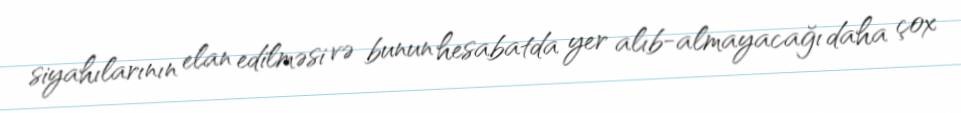
siyahılarının elan edilməsi və bunun hesabatda yer alıb-almayacağı daha çox